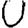
Digit: 0